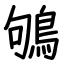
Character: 鴝